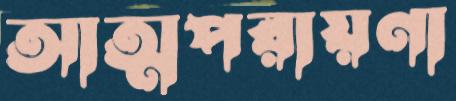
আত্মপরায়ণা